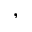
,